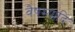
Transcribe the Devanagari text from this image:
वैषम्यादि